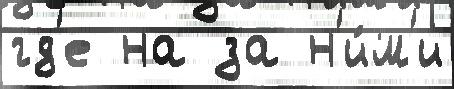
гд'е на за н'и́м'и